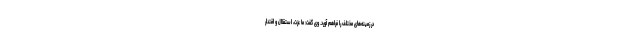
در زمینه‌های مختلف را فراهم آورد. وی گفت: ما عزت، استقلال و اقتدار